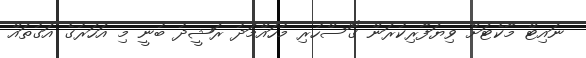
ނައިޓް މާކެޓަށް ވިޔަފާރިކުރަން ގޮސްހުރި މުހައްމަދު ރަޝީދު ބުނީ މި އަހަރުގެ އަގުތައް